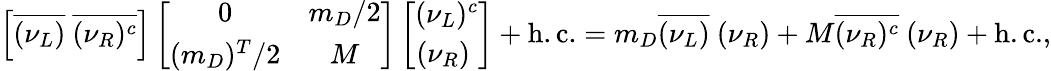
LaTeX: \left[\overline{{{(\nu_{L})}}}\ \overline{{{(\nu_{R})^{c}}}}\right]\left[\begin{array}{cc}{{0}}&{{m_{D}/2}}\\ {{(m_{D})^{T}/2}}&{{M}}\end{array}\right]\left[\begin{array}{c}{{(\nu_{L})^{c}}}\\ {{(\nu_{R})\ }}\end{array}\right]+\mathrm{h.c.}=m_{D}\overline{{{(\nu_{L})}}}\ (\nu_{R})+M\overline{{{(\nu_{R})^{c}}}}\ (\nu_{R})+\mathrm{h.c.},